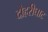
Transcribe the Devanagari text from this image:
दोहरीघाट